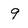
Character: 9